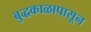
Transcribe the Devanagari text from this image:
बुद्धकाळापासून